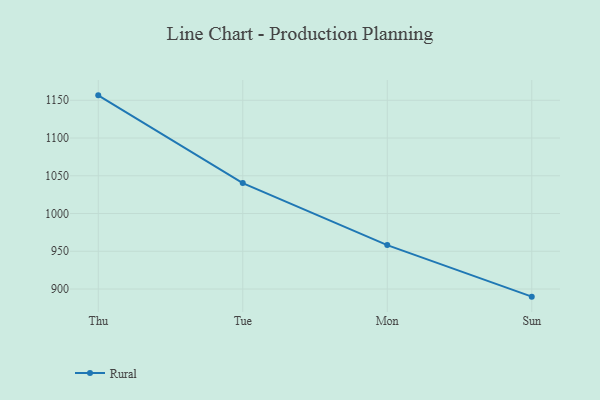
{"axis": {"x": "Day", "y": "Backlog"}, "legend": ["Rural"], "data": [{"x": "Thu", "y": 1156.5, "type": "Rural"}, {"x": "Tue", "y": 1040.3, "type": "Rural"}, {"x": "Mon", "y": 958.2, "type": "Rural"}, {"x": "Sun", "y": 889.9, "type": "Rural"}]}